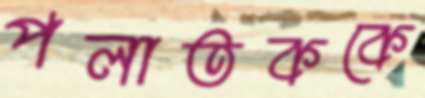
পলাতককে